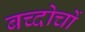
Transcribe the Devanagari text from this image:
बच्दोचों